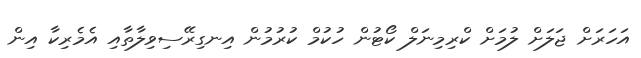
އަހަރަށް ޖަލަށް ލުމަށް ކްރިމިނަލް ކޯޓުން ހުކުމް ކުރުމުން އިނގިރޭސިވިލާތާއި އެމެރިކާ އިން